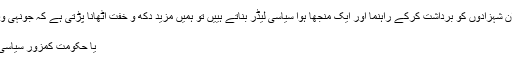
اور ہم عوام جو دکھ کی روٹی کھا کر ان شہزادوں کو برداشت کرکے راہنما اور ایک منجھا ہوا سیاسی لیڈر بناتے ہییں تو ہمیں مزید دکھ و خفت اٹھانا پڑتی ہے کہ جونہی وہ پیڑ پھل دینے کے قابل ہوتا ہے یا تو
اسے سولی لٹکا دیا جاتا ہے
یا حکومت کمزور سیاسی مہروں کو ملا کر گرا دی جاتی ہے ۔